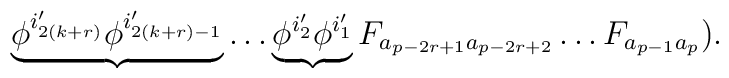
\underbrace{\phi^{i_{2(k+r)}'}\phi^{i_{2(k+r)-1}'}}\ldots \underbrace{\phi^{i_2'}\phi^{i_1'}}F_{a_{p-2r+1}a_{p-2r+2}}\ldots F_{a_{p-1}a_p}).